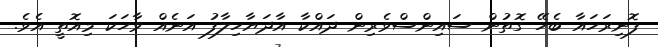
ފޮނިރަހައާ ބެހޭ ގޮތުން ސައިންސްވެރިން ދައްކާ އާދަޔާހިލާފު އަނެއް ވާހަކަ މިއޮތީ އެވެ.